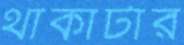
থাকাটার